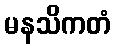
မနသိကတံ